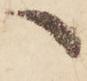
へ